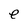
Character: e